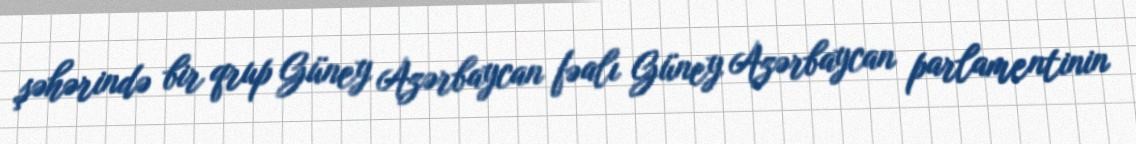
şəhərində bir qrup Güney Azərbaycan fəalı Güney Azərbaycan parlamentinin